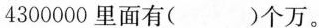
4300000里面有( )个万。